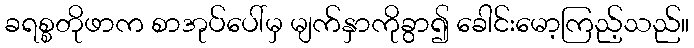
ခရစ္စတိုဖာက စာအုပ်ပေါ်မှ မျက်နှာကိုခွာ၍ ခေါင်းမော့ကြည့်သည်။